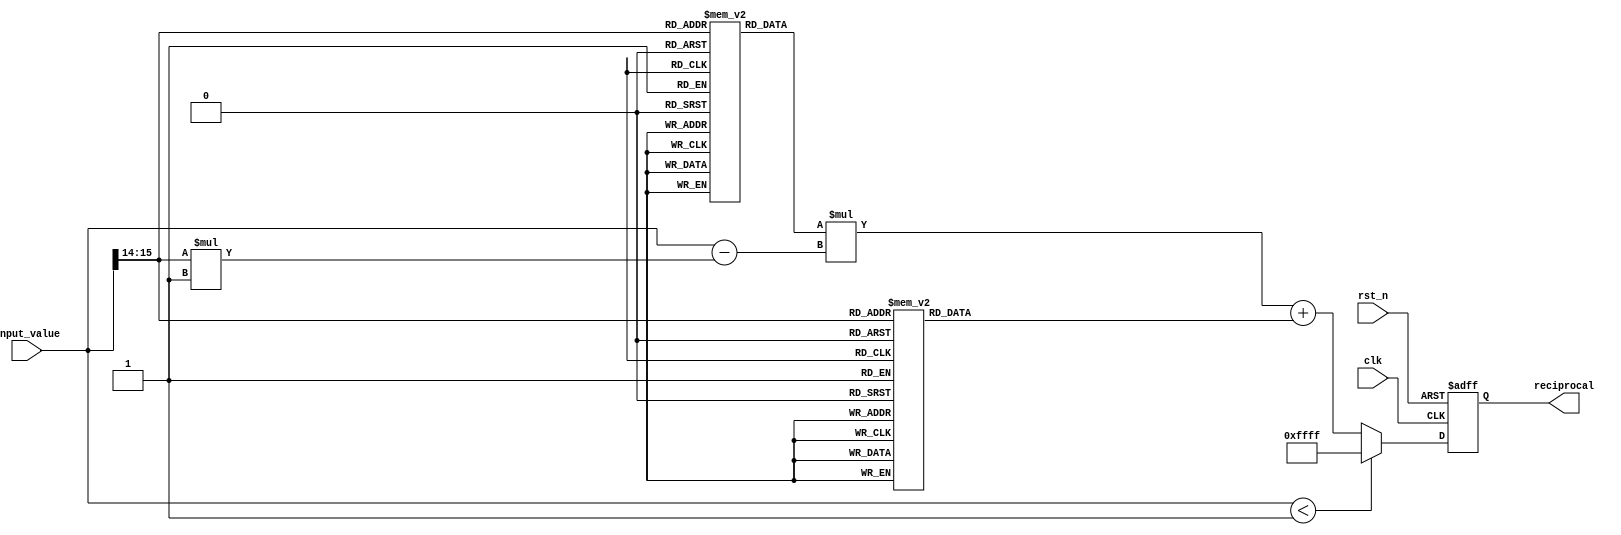
module PLA_Reciprocal (
    input wire [15:0] input_value, // 16-bit fixed-point input (range: 0 to 1)
    output reg [15:0] reciprocal,   // 16-bit fixed-point output
    input wire clk,
    input wire rst_n
);

    // Parameters
    parameter N_SEGMENTS = 4;                // Number of segments
    parameter SEGMENT_SIZE = 16'h0001;       // Fixed size per segment
    parameter UNDERFLOW_THRESH = 16'h0001;   // Minimum input threshold to avoid division by zero

    // LUT for slopes and intercepts in fixed-point representation
    reg [15:0] slopes [0:N_SEGMENTS-1];       // Slope coefficients
    reg [15:0] intercepts [0:N_SEGMENTS-1];   // Intercept coefficients

    // Segment selection logic
    reg [1:0] segment_index; // Index for segments
    reg [15:0] segment_start;

    // Initialization of LUT values (you may want to use fixed-point representations)
    initial begin
        slopes[0] = 16'hFFFE; // Approximation parameters for segments
        intercepts[0] = 16'hFFFF;
        
        slopes[1] = 16'hFFFC;
        intercepts[1] = 16'hFFFD;
        
        slopes[2] = 16'hFFFA;
        intercepts[2] = 16'hFFFB;
        
        slopes[3] = 16'hFFF8;
        intercepts[3] = 16'hFFFA; // These values would need to be tuned for accuracy
    end

    // Calculate reciprocal based on input
    always @(posedge clk or negedge rst_n) begin
        if (!rst_n) begin
            reciprocal <= 16'h0000; // Reset output
        end else begin
            if (input_value < UNDERFLOW_THRESH) begin
                reciprocal <= 16'hFFFF; // Handle zero input case (e.g., return max value or signal error)
            end else begin
                // Determine segment based on input_value
                segment_index = input_value[15:14]; // Simple segment determination (4 segments)
                segment_start = segment_index * SEGMENT_SIZE;

                // Calculate reciprocal using the selected segment
                reciprocal <= (slopes[segment_index] * (input_value - segment_start)) + intercepts[segment_index];
            end
        end
    end

endmodule